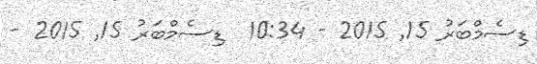
ޑިސެމްބަރު 15